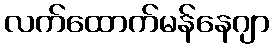
လက်ထောက်မန်နေဂျာ